Scottish Leaving Certificate Examination, 1961
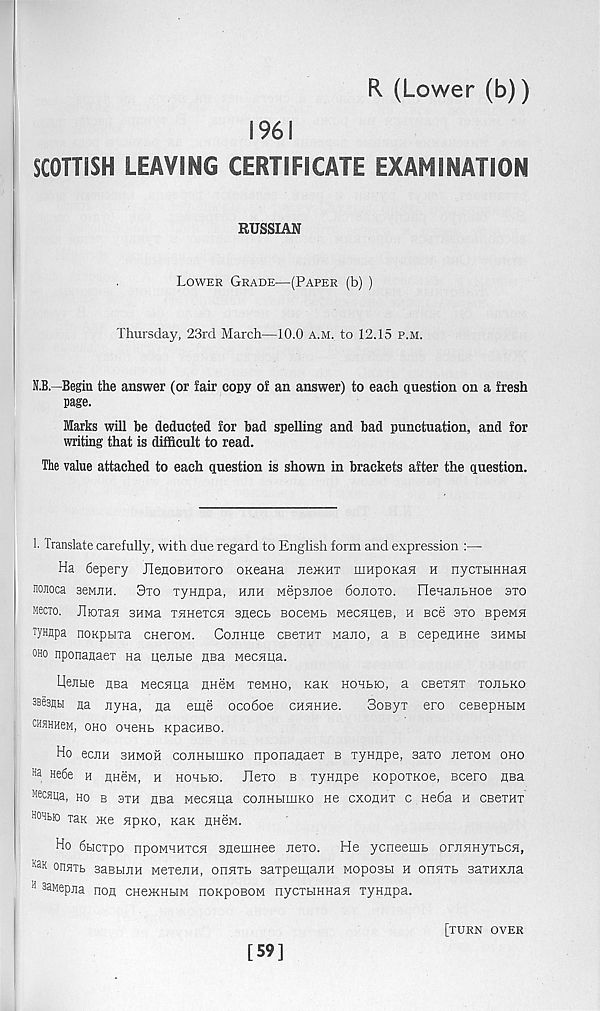
R (Lower (b))
1961
SCOTTISH LEAVING CERTIFICATE EXAMINATION
RUSSIAN
Lower Grade—(Paper (b) )
Thursday, 23rd March—10.0 a.m. to 12.15 p.m.
N.B.—Begin the answer (or lair copy o! an answer) to each question on a fresh
page.
Marks will he deducted for bad spelling and bad punctuation, and for
writing that is difficult to read.
The value attached to each question is shown in brackets after the question.
1. Translate carefully, with due regard to English form and expression :—
Ha 6epery UeHOBHToro OKeana nescHT mnpoKaH h nycTHHHaa
nojioca seMEH. 3to xyHjipa, hjih wepaiioe 6ojioto. FleuajibHoe sto
Meero. JlioTafl 3HMa THHexcsj 3Hecb Bocewb MecHires, h see sto Bpewsi
T yHflpa noKpura cneroM. CojiHue cseTHT Mano, a b cepenHHe shmh
oho nponanaex na ueiibie nsa wecHua.
UeJiue HBa MecEua nneM xeMHO, kuk hohebd, a CBexyix xojibko
OBfenti na Eyna, na eiye ocoboe CHHHue.
Sosyx ero ceBepnbiM
OHHHHeM, OHO OHeHb KpaCHBO.
Ho ecnH bhmoh cojihuihko nponaaaex b xyHnpe, saxo nexoM oho
H a He6e h nneM, h HOHbio. JTexo b xynape KopoxKoe, scero HBa
necspa, ho b 3xh HBa Mecaua coekhuiko He cxohhx c He6a h cbbxhx
bobhk) raK me hpko, kuk hhsm.
Ho 6bicxpo npoMHHxcH snemHee nexo. He ycneemb orEHHyxbCH,
Ka B onm sasbiEH MexejiH, ohhxb saxpemanH Moposbi h orraxb saxHxna
H saMepna non cHexcHbiM noKposoM nyoxbrnHan xynnpa.
[59]
[XURN OVER